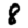
Digit: 8